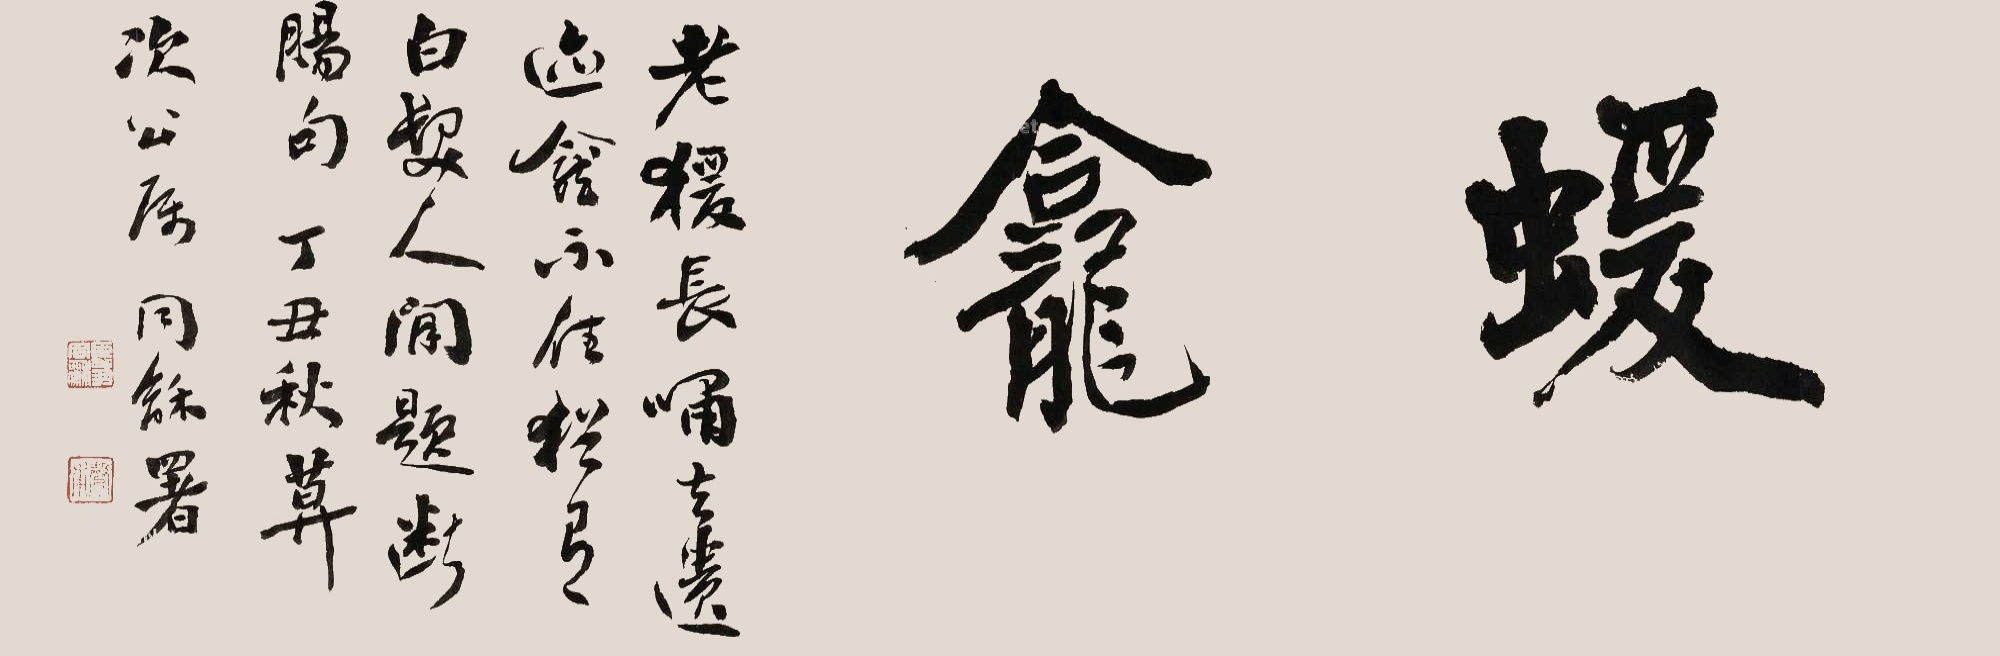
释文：蝯龛。老猿长啸去，遗迹龛不住。犹有白发人，闲题断肠句。丁丑秋暮，次公属，同龢署。